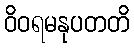
ဝိဝရမနုပတတိ